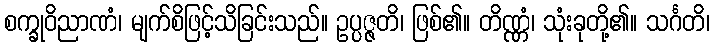
စက္ခုဝိညာဏံ၊ မျက်စိဖြင့်သိခြင်းသည်။ ဥပ္ပဇ္ဇတိ၊ ဖြစ်၏။ တိဏ္ဏံ၊ သုံးခုတို့၏။ သင်္ဂတိ၊